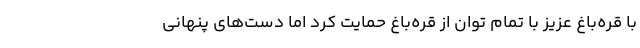
با قره‌باغ عزیز با تمام توان از قره‌باغ حمایت کرد اما دست‌های پنهانی